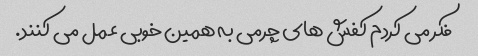
فکر می کردم کفش های چرمی به همین خوبی عمل می کنند.